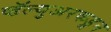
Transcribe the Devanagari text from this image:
व्हॅल्युअरकडून